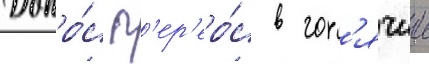
Допро́с п'ер'еро́с в гор'ячии